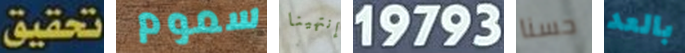
تحقيق سموم إنتهينا 19793 حسنا بالعد